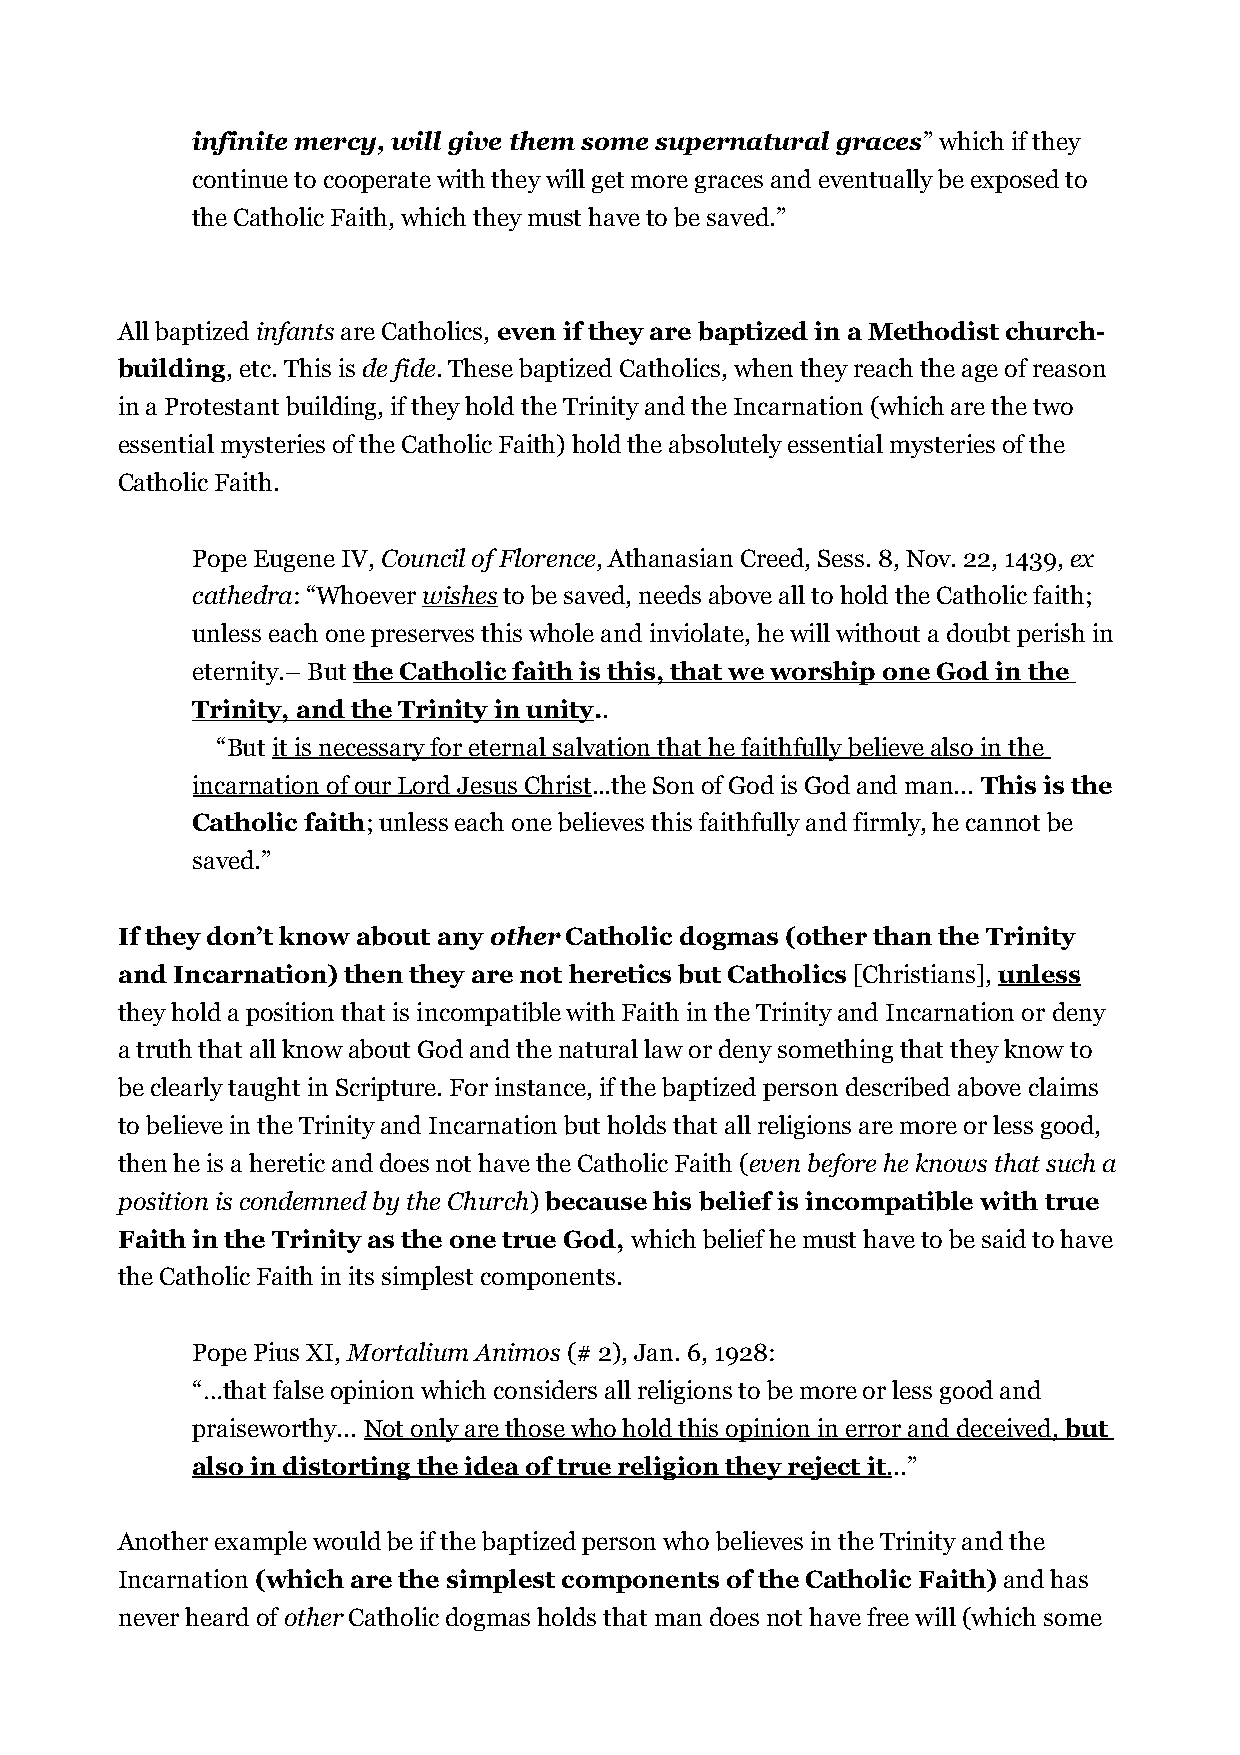
infinite mercy, will give them some supernatural graces” which if they
 continue to cooperate with they will get more graces and eventually be exposed to
 the Catholic Faith, which they must have to be saved.”
 All baptized infants are Catholics, even if they are baptized in a Methodist church-
 building, etc. This is de fide. These baptized Catholics, when they reach the age of reason
 in a Protestant building, if they hold the Trinity and the Incarnation (which are the two
 essential mysteries of the Catholic Faith) hold the absolutely essential mysteries of the
 Catholic Faith.
 Pope Eugene IV, Council of Florence, Athanasian Creed, Sess. 8, Nov. 22, 1439, ex
 cathedra: “Whoever wishes to be saved, needs above all to hold the Catholic faith;
 unless each one preserves this whole and inviolate, he will without a doubt perish in
 eternity.– But the Catholic faith is this, that we worship one God in the
 Trinity, and the Trinity in unity..
 “But it is necessary for eternal salvation that he faithfully believe also in the
 incarnation of our Lord Jesus Christ...the Son of God is God and man... This is the
 Catholic faith; unless each one believes this faithfully and firmly, he cannot be
 saved.”
 If they don’t know about any other Catholic dogmas (other than the Trinity
 and Incarnation) then they are not heretics but Catholics [Christians], unless
 they hold a position that is incompatible with Faith in the Trinity and Incarnation or deny
 a truth that all know about God and the natural law or deny something that they know to
 be clearly taught in Scripture. For instance, if the baptized person described above claims
 to believe in the Trinity and Incarnation but holds that all religions are more or less good,
 then he is a heretic and does not have the Catholic Faith (even before he knows that such a
 position is condemned by the Church) because his belief is incompatible with true
 Faith in the Trinity as the one true God, which belief he must have to be said to have
 the Catholic Faith in its simplest components.
 Pope Pius XI, Mortalium Animos (# 2), Jan. 6, 1928:
 “…that false opinion which considers all religions to be more or less good and
 praiseworthy... Not only are those who hold this opinion in error and deceived, but
 also in distorting the idea of true religion they reject it . ..”
 Another example would be if the baptized person who believes in the Trinity and the
 Incarnation (which are the simplest components of the Catholic Faith) and has
 never heard of other Catholic dogmas holds that man does not have free will (which some